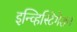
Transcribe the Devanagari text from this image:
इन्व्हिस्टिगेशन